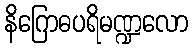
နိဂြောဓပရိမဏ္ဍလော